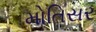
મોતિસર